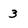
Character: 3